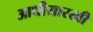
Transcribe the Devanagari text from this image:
आधीसारखी